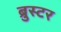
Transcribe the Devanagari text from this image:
ब्रुस्टर